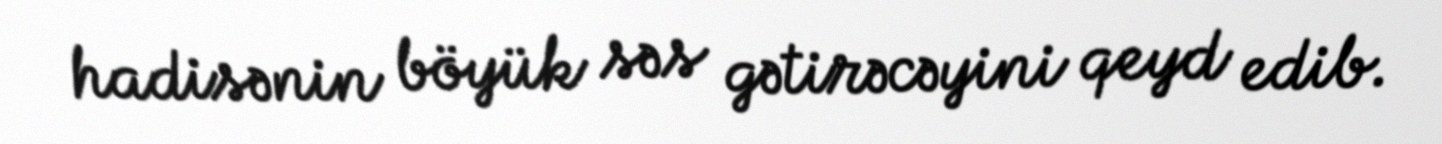
hadisənin böyük səs gətirəcəyini qeyd edib.